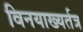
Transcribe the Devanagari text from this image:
विनयाख्यर्तत्र